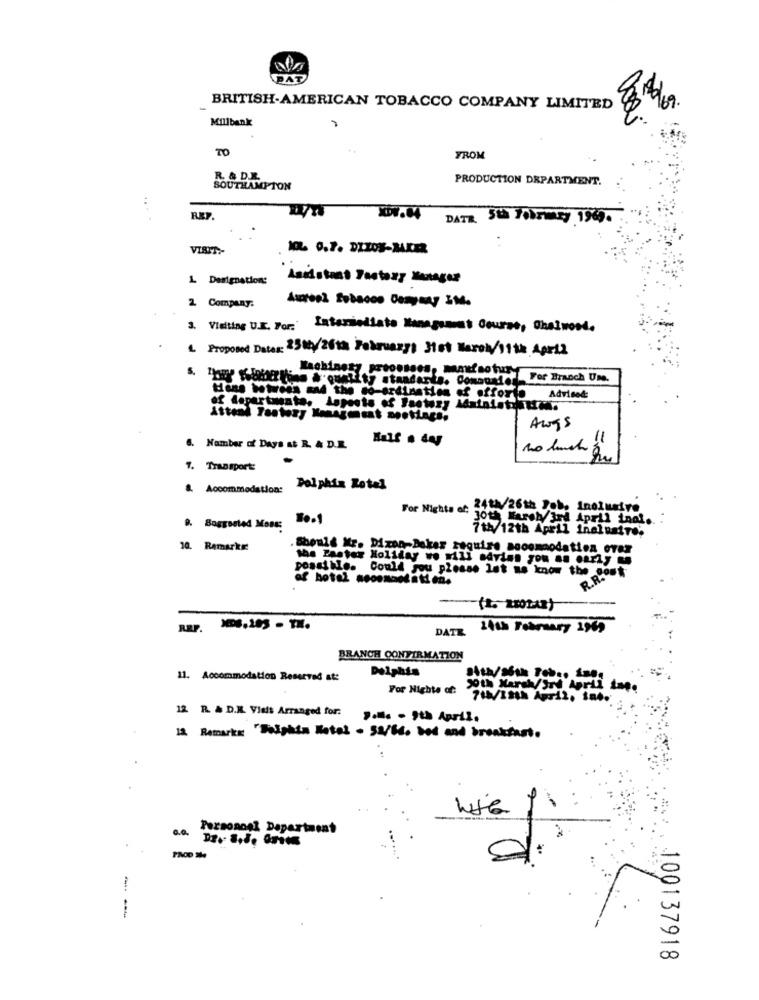
DAT
BRITISH-AMERICAN TOBACCO COMPANY LIMITED
Millbank
TO
FROM
R & D.L
PRODUCTION DEPARTMENT.
SOUTHAMPTON
...
. .
REY.
17.04
DATE, Sta February 1969.
VISIT-
1 Designation:
Laidstaat Factory Manager
Aureol Sobacos Company 3MM.
2 Company.
3. Vielting U.E. For: Intermediate Management Course, Cheiwost.
4. Proposed Data: 250/2010 Pokruazy: 31st March/11th April
5. 130 En & quality standards. Comousiete
Lachinesy processos, mamdf otur For Branch Un.
of departmente.
tens hetweis sad the co-ordination of offorte Advised:
Awgs
6. Number of DAYS &$ R. & D.R.
. Transport:
&. Accommodation:
Dolphin Rotel
For Nights . 2421/26th Job, Inclusive
30th Marshy 3rd April inal.
9. Suggested Mons:
7thy 12th April Inelusite'
10. Ramarket
. Should Mr. Dixon-Beker require sooomodation over
the Pastor Holiday wo nili sdvins you an early
possible. Could you please let us know the cost
af hotel noonmondati en.
R.R.
DATE
14th February 1949
BRANCH CONFIRMATION
Delphis
11. Accommodation Reserved at:
Sith/S6th Tobr. iops
For Nights of:
30th March/Jnd April Lap.
71/18th April, int.
12 R & D.K. Visit Arranged for:
12 Remarks: "Dolphin Hotel - 53/66. bed and breakfast.
Personnel Department
-
100137918